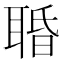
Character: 䎽